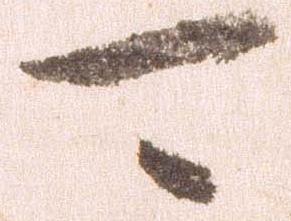
可